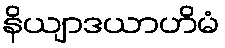
နိယျာဒယာဟိမံ